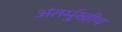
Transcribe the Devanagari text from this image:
अंतर्मुखीय